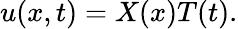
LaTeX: \displaystyle u(x,t)=X(x)T(t).